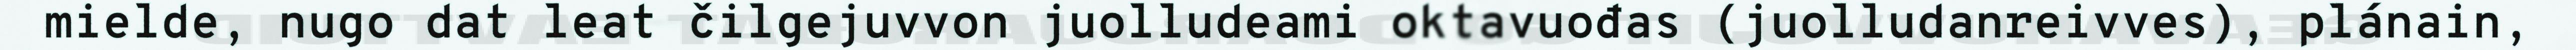
mielde, nugo dat leat čilgejuvvon juolludeami oktavuođas (juolludanreivves), plánain,